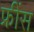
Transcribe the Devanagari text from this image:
फ्रींस